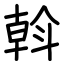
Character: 斡